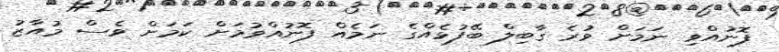
ފޮނުއްވި ނަމަށް ވުރެ ގާބިލް ބޭފުޅެއްގެ ނަމެއް ފޮނުއްވުމަށް ކަމަށް ވެސް މުއާޒު